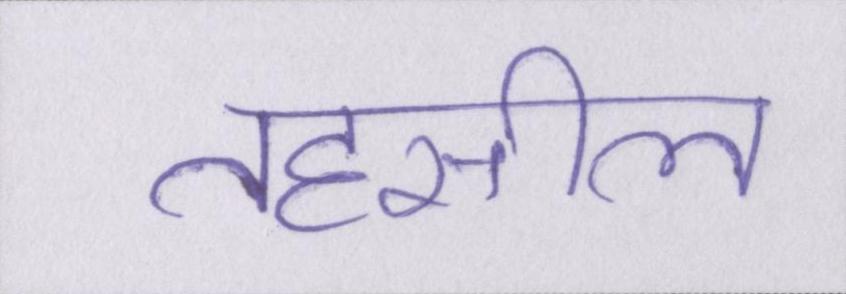
तहसील